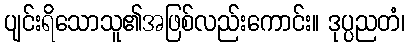
ပျင်းရိသောသူ၏အဖြစ်လည်းကောင်း။ ဒုပ္ပညတံ၊